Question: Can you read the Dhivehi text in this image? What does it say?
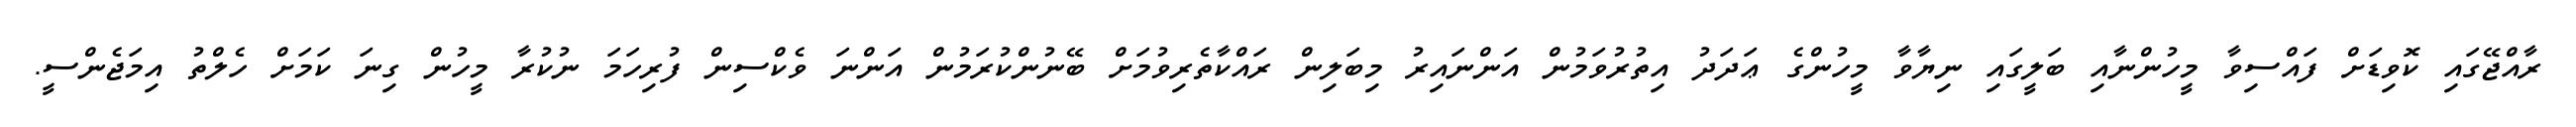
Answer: ރާއްޖޭގައި ކޮވިޑަށް ފައްސިވާ މީހުންނާއި ބަލީގައި ނިޔާވާ މީހުންގެ ޢަދަދު އިތުރުވަމުން އަންނައިރު މިބަލިން ރައްކާތެރިވުމަށް ބޭނުންކުރަމުން އަންނަ ވެކްސިން ފުރިހަމަ ނުކުރާ މީހުން ގިނަ ކަމަށް ހެލްތު އިމަޖެންސީ.